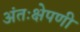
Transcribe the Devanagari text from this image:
अंतःक्षेपणी